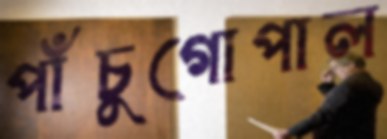
পাঁচুগোপাল